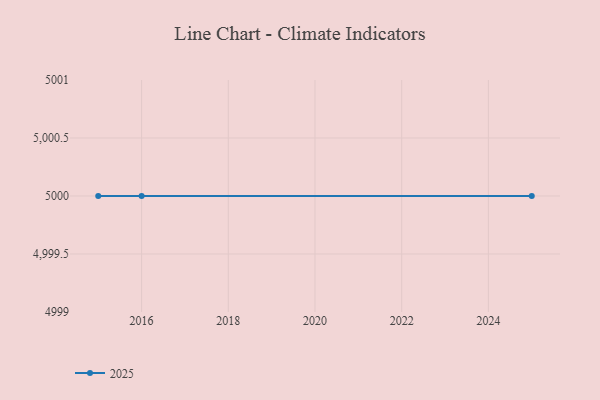
{"axis": {"x": "Year", "y": "Headcount"}, "legend": ["2025"], "data": [{"x": "2025", "y": 5000, "type": "2025"}, {"x": "2015", "y": 5000, "type": "2025"}, {"x": "2016", "y": 5000, "type": "2025"}]}